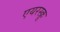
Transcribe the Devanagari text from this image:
एयरस्क्रू